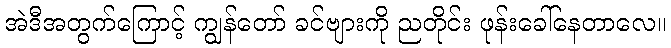
အဲဒီအတွက်ကြောင့် ကျွန်တော် ခင်ဗျားကို ညတိုင်း ဖုန်းခေါ်နေတာလေ။